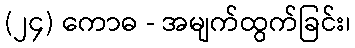
(၂၄) ကောဓ - အမျက်ထွက်ခြင်း၊